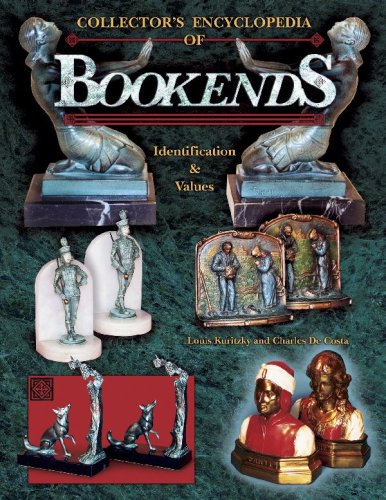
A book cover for Collector's Encyclopedia of Bookends, Identification & Values; Louis Kuritzky; Crafts, Hobbies & Home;